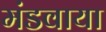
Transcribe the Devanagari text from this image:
मंडवाया